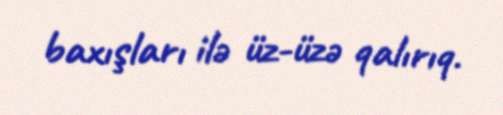
baxışları ilə üz-üzə qalırıq.